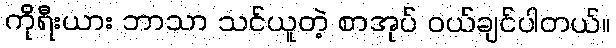
ကိုရီးယား ဘာသာ သင်ယူတဲ့ စာအုပ် ဝယ်ချင်ပါတယ်။